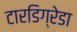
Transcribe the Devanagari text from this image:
टारडिग्रेडा